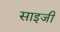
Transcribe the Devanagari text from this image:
साइजी